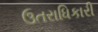
ઉતરાધિકારી